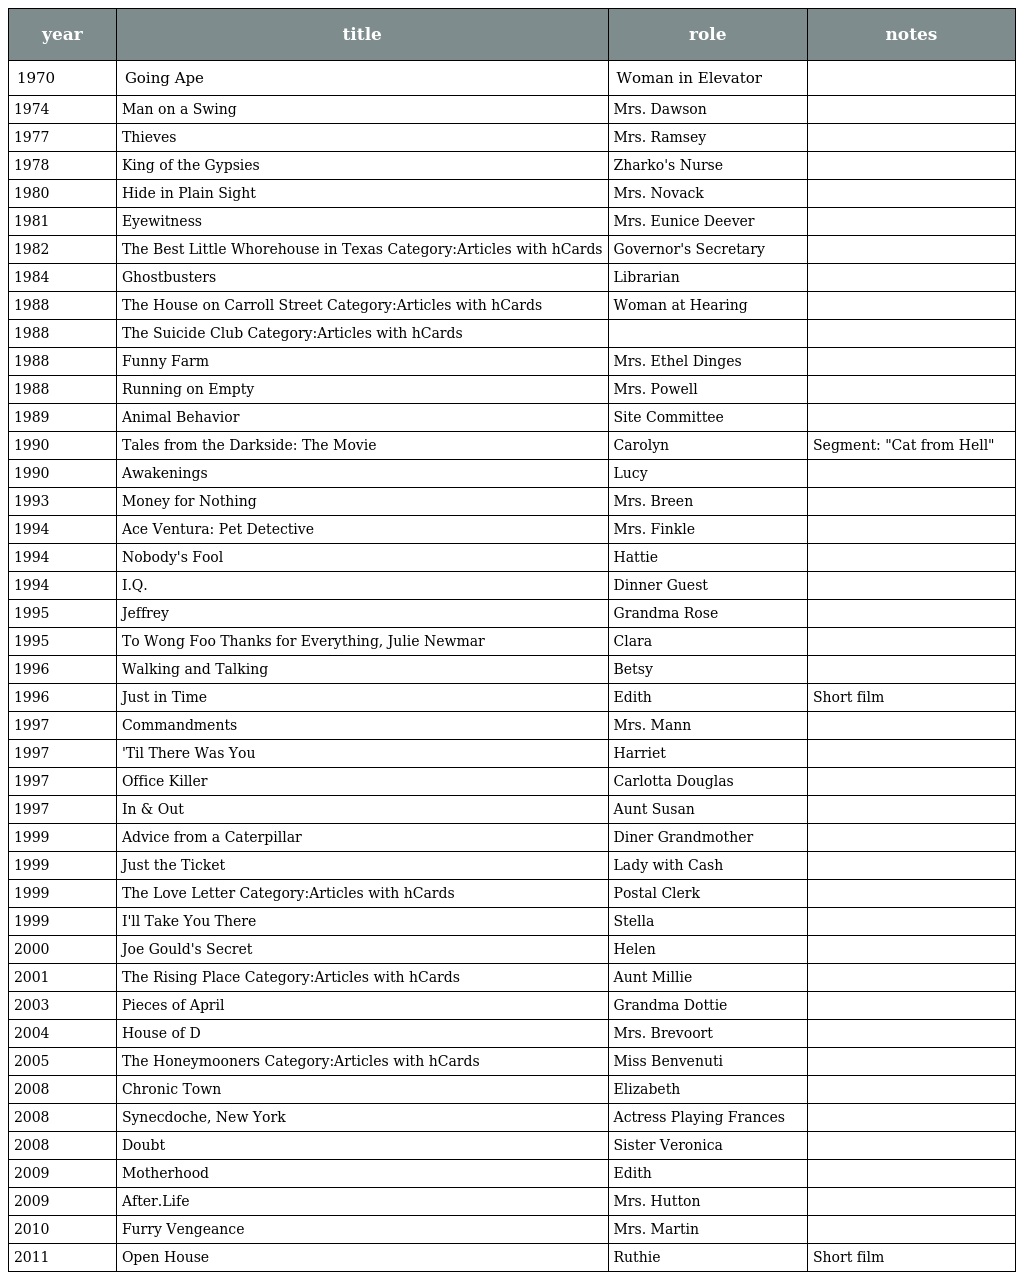
| year | title | role | notes |
 | --- | --- | --- | --- |
 | 1970 | Going Ape | Woman in Elevator |  |
 | 1974 | Man on a Swing | Mrs. Dawson |  |
 | 1977 | Thieves | Mrs. Ramsey |  |
 | 1978 | King of the Gypsies | Zharko's Nurse |  |
 | 1980 | Hide in Plain Sight | Mrs. Novack |  |
 | 1981 | Eyewitness | Mrs. Eunice Deever |  |
 | 1982 | The Best Little Whorehouse in Texas Category:Articles with hCards | Governor's Secretary |  |
 | 1984 | Ghostbusters | Librarian |  |
 | 1988 | The House on Carroll Street Category:Articles with hCards | Woman at Hearing |  |
 | 1988 | The Suicide Club Category:Articles with hCards |  |  |
 | 1988 | Funny Farm | Mrs. Ethel Dinges |  |
 | 1988 | Running on Empty | Mrs. Powell |  |
 | 1989 | Animal Behavior | Site Committee |  |
 | 1990 | Tales from the Darkside: The Movie | Carolyn | Segment: "Cat from Hell" |
 | 1990 | Awakenings | Lucy |  |
 | 1993 | Money for Nothing | Mrs. Breen |  |
 | 1994 | Ace Ventura: Pet Detective | Mrs. Finkle |  |
 | 1994 | Nobody's Fool | Hattie |  |
 | 1994 | I.Q. | Dinner Guest |  |
 | 1995 | Jeffrey | Grandma Rose |  |
 | 1995 | To Wong Foo Thanks for Everything, Julie Newmar | Clara |  |
 | 1996 | Walking and Talking | Betsy |  |
 | 1996 | Just in Time | Edith | Short film |
 | 1997 | Commandments | Mrs. Mann |  |
 | 1997 | 'Til There Was You | Harriet |  |
 | 1997 | Office Killer | Carlotta Douglas |  |
 | 1997 | In & Out | Aunt Susan |  |
 | 1999 | Advice from a Caterpillar | Diner Grandmother |  |
 | 1999 | Just the Ticket | Lady with Cash |  |
 | 1999 | The Love Letter Category:Articles with hCards | Postal Clerk |  |
 | 1999 | I'll Take You There | Stella |  |
 | 2000 | Joe Gould's Secret | Helen |  |
 | 2001 | The Rising Place Category:Articles with hCards | Aunt Millie |  |
 | 2003 | Pieces of April | Grandma Dottie |  |
 | 2004 | House of D | Mrs. Brevoort |  |
 | 2005 | The Honeymooners Category:Articles with hCards | Miss Benvenuti |  |
 | 2008 | Chronic Town | Elizabeth |  |
 | 2008 | Synecdoche, New York | Actress Playing Frances |  |
 | 2008 | Doubt | Sister Veronica |  |
 | 2009 | Motherhood | Edith |  |
 | 2009 | After.Life | Mrs. Hutton |  |
 | 2010 | Furry Vengeance | Mrs. Martin |  |
 | 2011 | Open House | Ruthie | Short film |